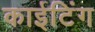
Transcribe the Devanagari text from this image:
काईटिंग